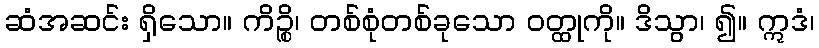
ဆံအဆင်း ရှိသော။ ကိဉ္စိ၊ တစ်စုံတစ်ခုသော ဝတ္ထုကို။ ဒိသွာ၊ ၍။ ဣဒံ၊